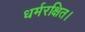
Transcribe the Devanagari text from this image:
धर्मरक्षित।